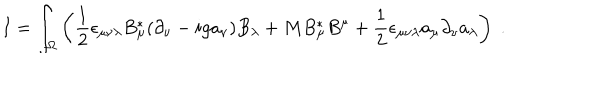
LaTeX: I = \int _ { \Omega } \left( \frac { 1 } { 2 } \epsilon _ { \mu \nu \lambda } B _ { \mu } ^ { * } ( \partial _ { \nu } - i g a _ { \nu } ) B _ { \lambda } + M B _ { \mu } ^ { * } B ^ { \mu } + \frac { 1 } { 2 } \epsilon _ { \mu \nu \lambda } a _ { \mu } \partial _ { \nu } a _ { \lambda } \right) \; .